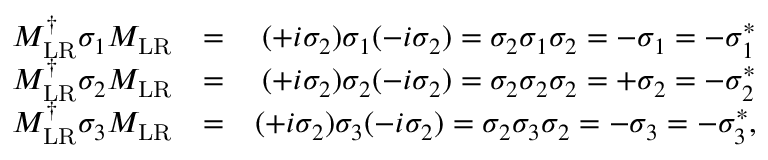
\begin{array} { r l r } { M _ { \mathrm { L R } } ^ { \dagger } \sigma _ { 1 } M _ { \mathrm { L R } } } & { = } & { ( + i \sigma _ { 2 } ) \sigma _ { 1 } ( - i \sigma _ { 2 } ) = \sigma _ { 2 } \sigma _ { 1 } \sigma _ { 2 } = - \sigma _ { 1 } = - \sigma _ { 1 } ^ { * } } \\ { M _ { \mathrm { L R } } ^ { \dagger } \sigma _ { 2 } M _ { \mathrm { L R } } } & { = } & { ( + i \sigma _ { 2 } ) \sigma _ { 2 } ( - i \sigma _ { 2 } ) = \sigma _ { 2 } \sigma _ { 2 } \sigma _ { 2 } = + \sigma _ { 2 } = - \sigma _ { 2 } ^ { * } } \\ { M _ { \mathrm { L R } } ^ { \dagger } \sigma _ { 3 } M _ { \mathrm { L R } } } & { = } & { ( + i \sigma _ { 2 } ) \sigma _ { 3 } ( - i \sigma _ { 2 } ) = \sigma _ { 2 } \sigma _ { 3 } \sigma _ { 2 } = - \sigma _ { 3 } = - \sigma _ { 3 } ^ { * } , } \end{array}